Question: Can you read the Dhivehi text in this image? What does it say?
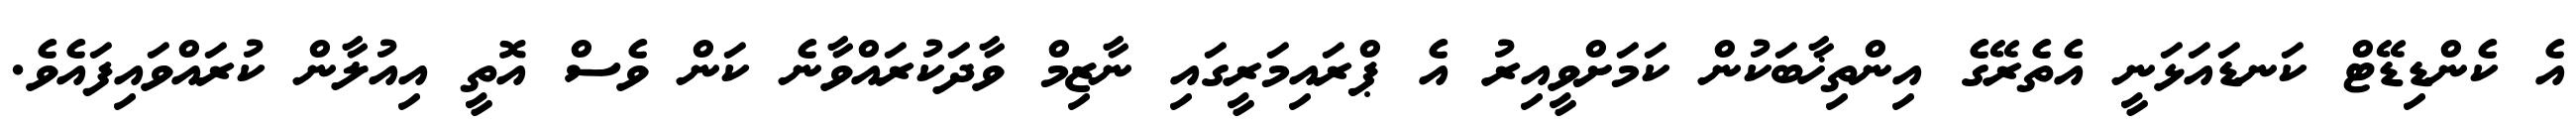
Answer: އެ ކެންޑިޑޭޓް ކަނޑައަޅަނީ އެތެރޭގެ އިންތިޚާބަކުން ކަމަށްވީއިރު އެ ޕްރައިމަރީގައި ނާޒިމް ވާދަކުރައްވާނެ ކަން ވެސް އޮތީ އިއުލާން ކުރައްވައިފައެވެ.